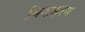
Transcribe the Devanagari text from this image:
बिशहरण